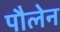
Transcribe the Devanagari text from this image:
पौलेन